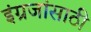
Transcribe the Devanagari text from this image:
इंग्रजांसाठी